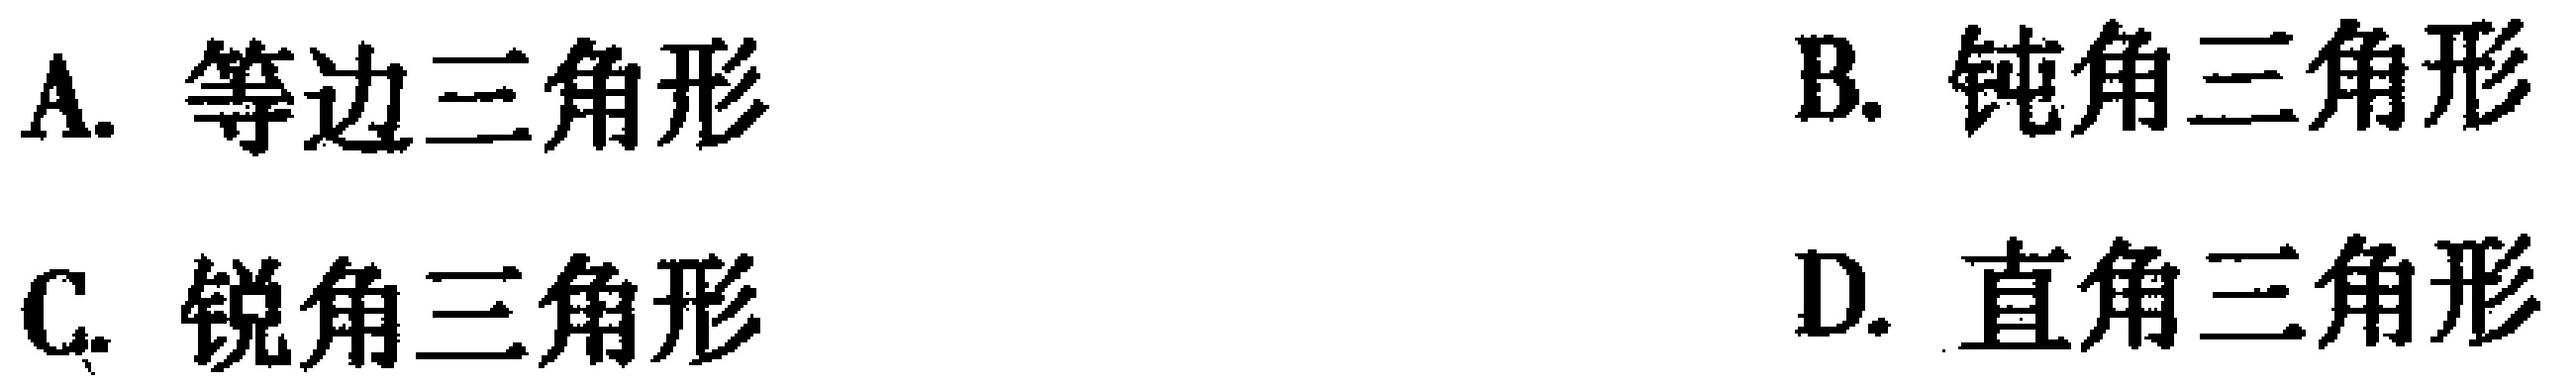
A. 等边三角形
B. 钝角三角形
C. 锐角三角形
D. 直角三角形